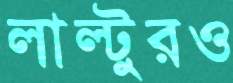
লাল্টুরও